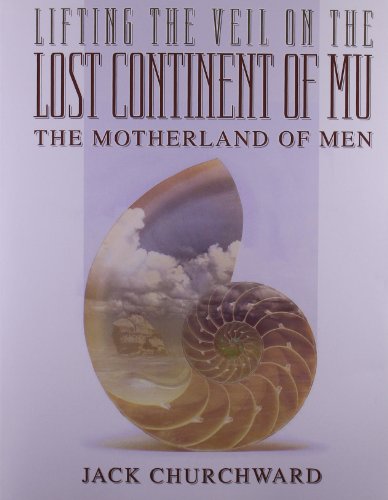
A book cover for Lifting the Veil on the Lost Continent of Mu: Motherland of Men; Jack Churchward; Religion & Spirituality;